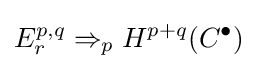
E_{r}^{p,q}\Rightarrow _{p}H^{p+q}(C^{\bullet })